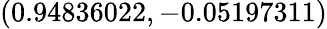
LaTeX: (0.94836022,-0.05197311)